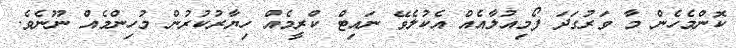
ކޮންމެހެން މާ ވަރުގަދަ ފޯމިއުލާއެއް އެކުލެވޭ ނައިޓް ކްރީމެއް ހިޔާރުކުރުން މުހިންމެއް ނޫނެވެ.